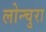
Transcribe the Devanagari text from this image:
लोन्चुरा